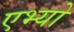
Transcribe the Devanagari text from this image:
एभ्यो